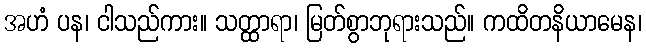
အဟံ ပန၊ ငါသည်ကား။ သတ္ထာရာ၊ မြတ်စွာဘုရားသည်။ ကထိတနိယာမေန၊